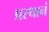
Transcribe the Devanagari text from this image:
प्रस्थानं